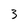
Character: 3